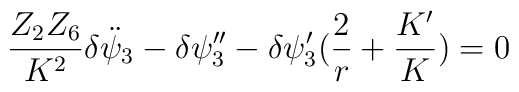
{Z_2 Z_6 \over K^2}\delta\ddot{ \psi}_3 - \delta \psi_3'' - \delta \psi_3' ({2 \over r} +{K' \over K}) =0